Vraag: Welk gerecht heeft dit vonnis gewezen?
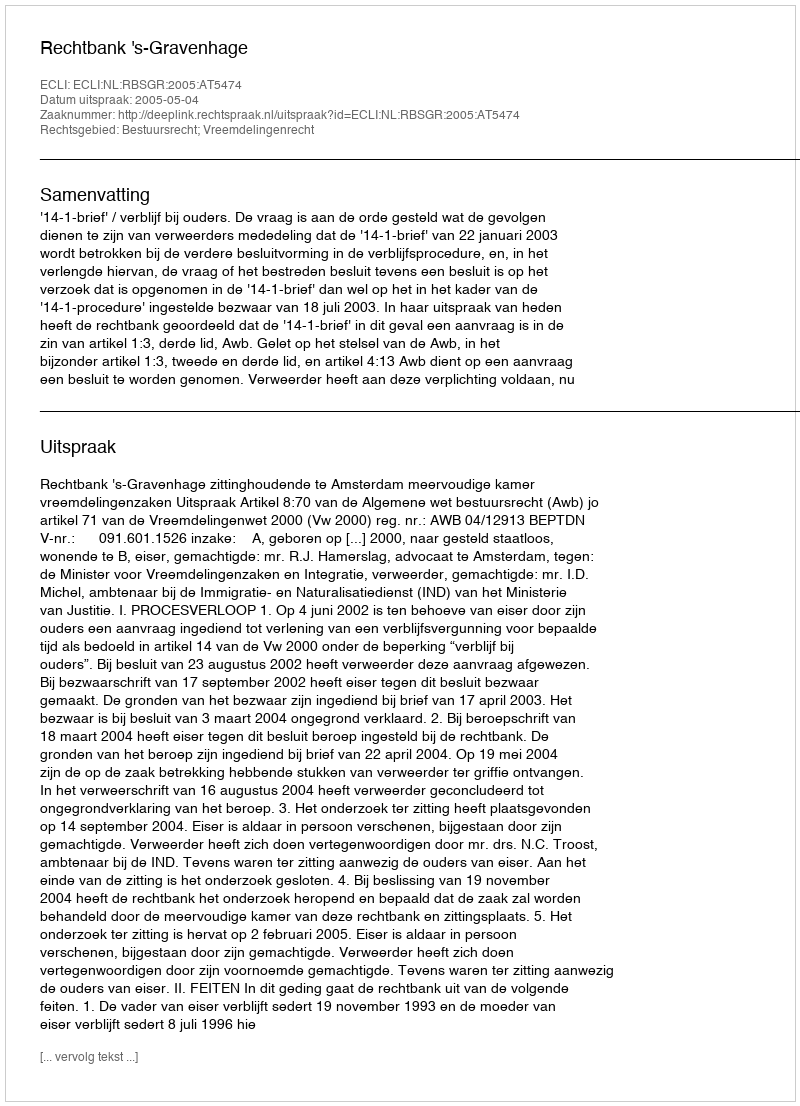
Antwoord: Rechtbank 's-Gravenhage